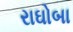
રાઘોબા